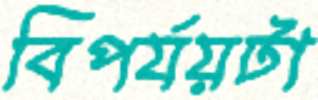
বিপর্যয়টা